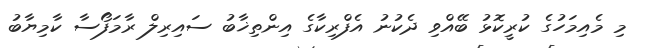
މި މެއިމަހުގެ ކުރީކޮޅު ބޭއްވި ދެކުނު އެފްރިކާގެ އިންތިޚާބު ސައިރިލް ރާމަފޯސާ ކާމިޔާބު